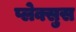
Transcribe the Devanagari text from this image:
प्लेक्सुस